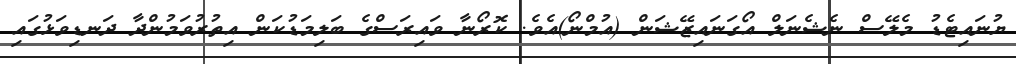
ޔުނައިޓެޑު މެލޭސް ނެޝެނަލް އޯގަނައިޒޭޝަން (އުމްނޯ)އެވެ. ކޮރޯނާ ވައިރަސްގެ ބަލިމަޑުކަން އިތުރުވަމުންދާ ދަނޑިވަޅުގައި